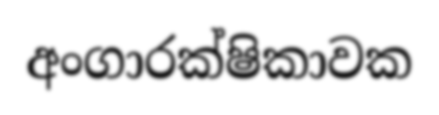
අංගාරක්ෂිකාවක